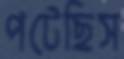
পটেছিস